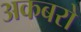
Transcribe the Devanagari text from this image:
अकबरो